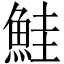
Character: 鮭